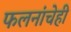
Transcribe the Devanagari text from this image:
फलनांचेही